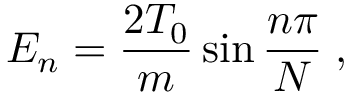
E _ { n } = { \frac { 2 T _ { 0 } } { m } } \sin { \frac { n \pi } { N } } \; ,